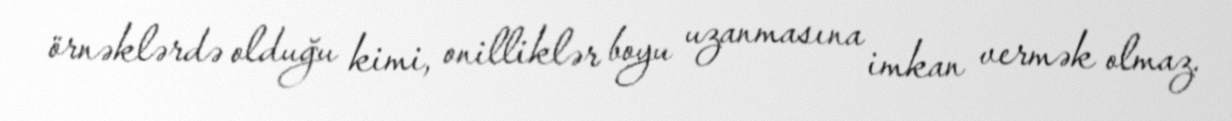
örnəklərdə olduğu kimi, onilliklər boyu uzanmasına imkan vermək olmaz.